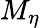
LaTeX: M_{\eta}